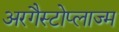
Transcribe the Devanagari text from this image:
अरगैस्टोप्लाज्म